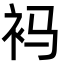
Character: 䘞